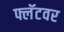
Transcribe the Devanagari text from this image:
फ्लॅटवर